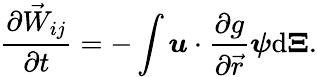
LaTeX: \frac{\partial\vec{W}_{ij}}{\partial t}=-\int\boldsymbol{u}\cdot\frac{\partial g}{\partial\vec{r}}\boldsymbol{\psi}\mathrm{d}\boldsymbol{\Xi}.